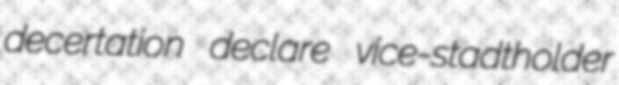
decertation declare vice-stadtholder